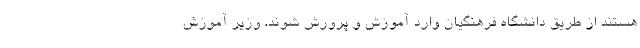
هستند از طریق دانشگاه فرهنگیان وارد آموزش و پرورش شوند. وزیر آموزش